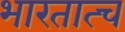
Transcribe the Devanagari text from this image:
भारतात्च